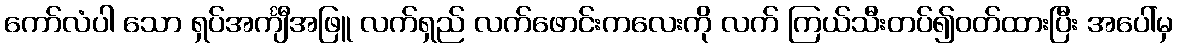
ကော်လံပါ သော ရှပ်အင်္ကျီအဖြူ လက်ရှည် လက်ဖောင်းကလေးကို လက် ကြယ်သီးတပ်၍ဝတ်ထားပြီး အပေါ်မှ